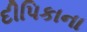
દીપિકાના